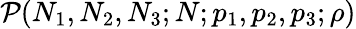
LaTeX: \mathcal{P}(N_{1},N_{2},N_{3};N;p_{1},p_{2},p_{3};\rho)